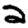
Digit: 2